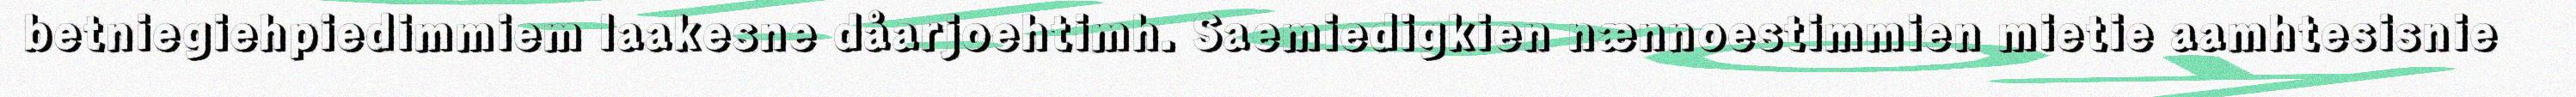
betniegiehpiedimmiem laakesne dåarjoehtimh. Saemiedigkien nænnoestimmien mietie aamhtesisnie